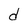
Character: d